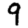
Digit: 9